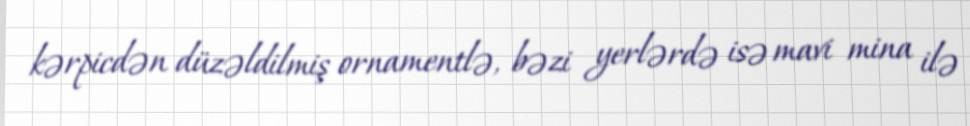
kərpicdən düzəldilmiş ornamentlə, bəzi yerlərdə isə mavi mina ilə